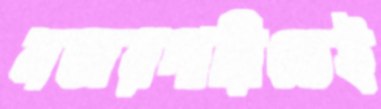
নজরদারিতেই